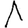
Digit: 1